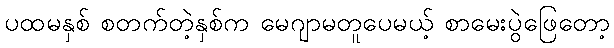
ပထမနှစ် စတက်တဲ့နှစ်က မေဂျာမတူပေမယ့် စာမေးပွဲဖြေတော့